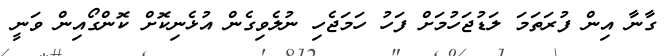
ގާނާ އިން ފުރަތަމަ ލަޑުޖަހުމަށް ފަހު ހަމަޖެހި ނުލެވިގެން އުޅެނިކޮށް ކޮންގޯއިން ވަނީ